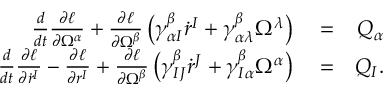
\begin{array} { r l r } { \frac { d } { d t } \frac { \partial \ell } { \partial \Omega ^ { \alpha } } + \frac { \partial \ell } { \partial \Omega ^ { \beta } } \left( \gamma _ { \alpha I } ^ { \beta } \dot { r } ^ { I } + \gamma _ { \alpha \lambda } ^ { \beta } \Omega ^ { \lambda } \right) } & { { } = } & { Q _ { \alpha } } \\ { \frac { d } { d t } \frac { \partial \ell } { \partial \dot { r } ^ { I } } - \frac { \partial \ell } { \partial r ^ { I } } + \frac { \partial \ell } { \partial \Omega ^ { \beta } } \left( \gamma _ { I J } ^ { \beta } \dot { r } ^ { J } + \gamma _ { I \alpha } ^ { \beta } \Omega ^ { \alpha } \right) } & { { } = } & { Q _ { I } . } \end{array}